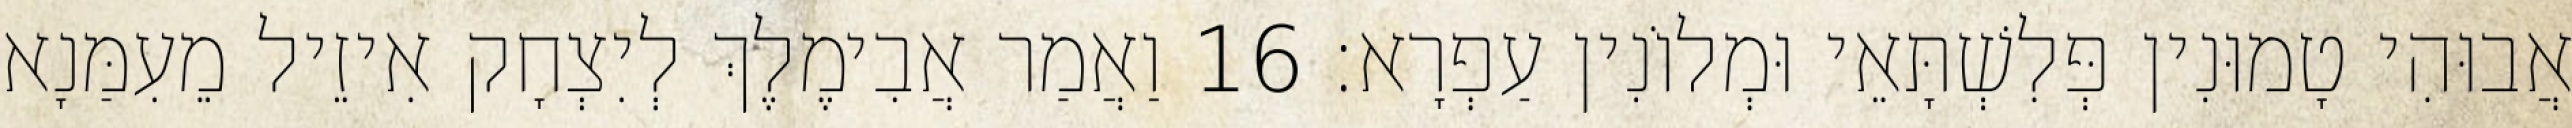
אֲבוּהִי טָמוּנִין פְּלִשְׁתָּאֵי וּמְלוֹנִין עַפְרָא׃ 16 וַאֲמַר אֲבִימֶלֶךְ לְיִצְחָק אִיזֵיל מֵעִמַּנָא